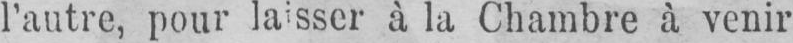
à la Chambre à venir